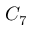
C _ { 7 }